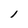
Character: l